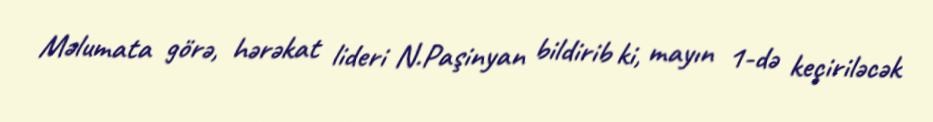
Məlumata görə, hərəkat lideri N.Paşinyan bildirib ki, mayın 1-də keçiriləcək